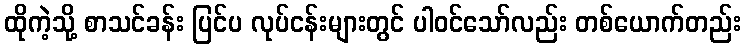
ထိုကဲ့သို့ စာသင်ခန်း ပြင်ပ လုပ်ငန်းများတွင် ပါဝင်သော်လည်း တစ်ယောက်တည်း